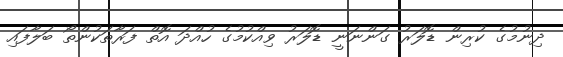
ދިނުމުގެ ކުރިން ޑޮލަރު ގަންނަނީ ޑޮލަރު ވިއްކުމުގެ ހުއްދަ އޮތް ފަރާތަކުންތޯ ބަލާފައި